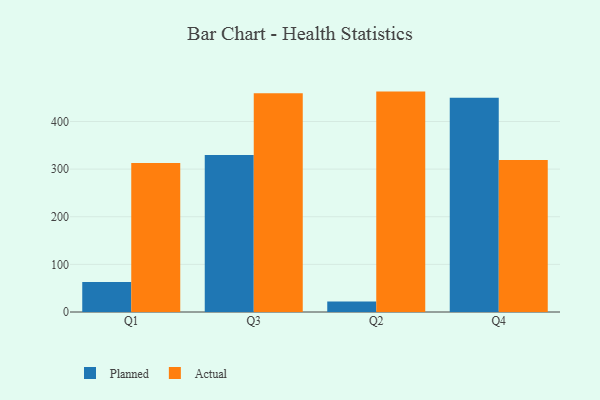
{"axis": {"x": "Quarter", "y": "Backlog"}, "legend": ["Actual", "Planned"], "data": [{"x": "Q1", "y": 62.9, "type": "Planned"}, {"x": "Q1", "y": 312.8, "type": "Actual"}, {"x": "Q3", "y": 329.6, "type": "Planned"}, {"x": "Q3", "y": 459.1, "type": "Actual"}, {"x": "Q2", "y": 22.0, "type": "Planned"}, {"x": "Q2", "y": 462.8, "type": "Actual"}, {"x": "Q4", "y": 450.0, "type": "Planned"}, {"x": "Q4", "y": 319.2, "type": "Actual"}]}